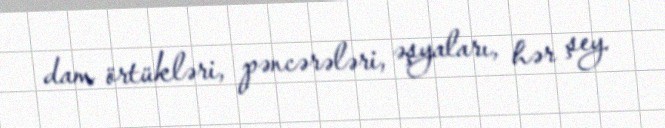
dam örtükləri, pəncərələri, əşyaları, hər şey.